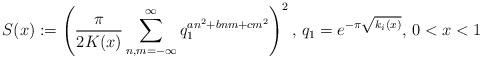
LaTeX: \begin{align*}S(x):=\left(\frac{\pi}{2K(x)}\sum^{\infty}_{n,m=-\infty}q_1^{an^2+bnm+cm^2}\right)^2\textrm{, }q_1=e^{-\pi\sqrt{k_i(x)}}\textrm{, }0<x<1\end{align*}